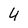
Character: 4